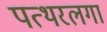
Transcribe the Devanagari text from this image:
पत्थरलगा